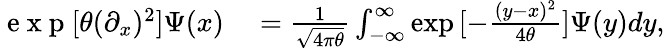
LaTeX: \begin{array}{rl}{\mathrm{~e~x~p~}[\theta(\partial_{x})^{2}]\Psi(x)}&{{}=\frac{1}{\sqrt{4\pi\theta}}\int_{-\infty}^{\infty}\exp{[-\frac{(y-x)^{2}}{4\theta}]}\Psi(y)dy,}\end{array}